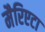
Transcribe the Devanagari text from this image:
मैरिएटा